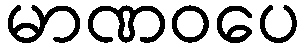
မာဏဝပေ